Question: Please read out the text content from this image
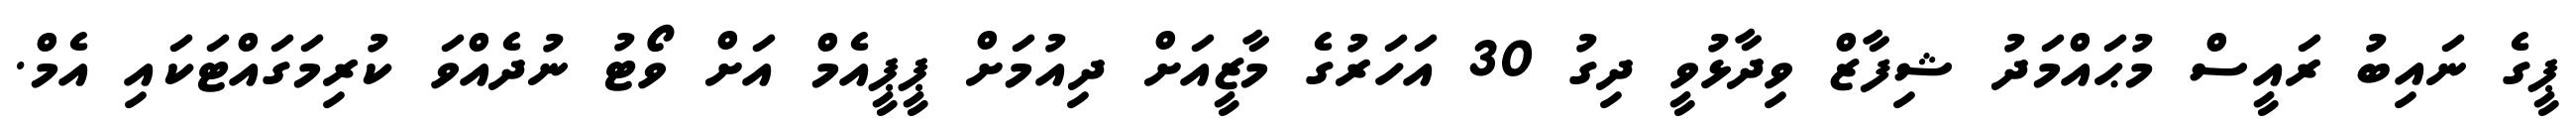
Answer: ޕީގެ ނައިބު ރައީސް މުޙައްމަދު ޝިފާޒް ވިދާޅުވީ ދިގު 30 އަހަރުގެ މާޒީއަށް ދިއުމަށް ޕީޕީއެމް އަށް ވޯޓު ނުދެއްވަ ކުރިމަގައްޓަކައި އެމް.